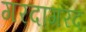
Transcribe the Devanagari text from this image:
गरदागरद